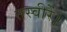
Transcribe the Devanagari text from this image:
तस्वीरें।